Civil Veterinary Dept. Assam report 1911-1927 - 1911-1927
Year: 1911
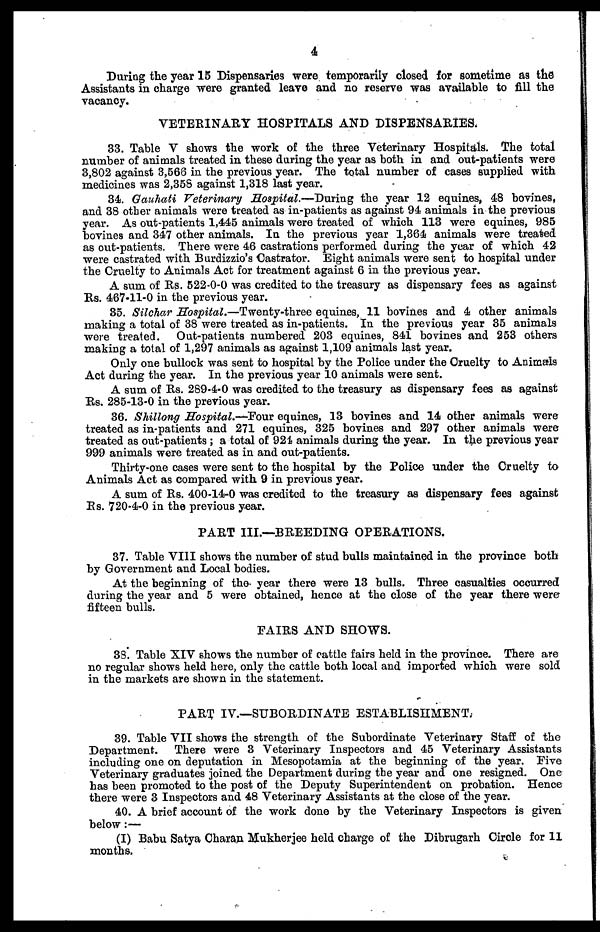
4
During the year 15 Dispensaries were temporarily closed for sometime as the
Assistants in charge were granted leave and no reserve was available to fill the
vacancy.
VETERINARY HOSPITALS AND DISPENSARIES.
33. Table V shows the work of the three Veterinary Hospitals. The total
number of animals treated in these during the year as both in and out-patients were
3,802 against 3,566 in the previous year. The total number of cases supplied with
medicines was 2,358 against 1,318 last year.
34. Gauhati Veterinary Hospital.—During the year 12 equines, 48 bovines,
and 38 other animals were treated as in-patients as against 94 animals in the previous
year. As out-patients 1,445 animals were treated of which 113 were equines, 985
bovines and 347 other animals. In the previous year 1,364 animals were treated
as out-patients. There were 46 castrations performed during the year of which 42
were castrated with Burdizzio's Castrator. Eight animals were sent to hospital under
the Cruelty to Animals Act for treatment against 6 in the previous year.
A sum of Rs. 522-0-0 was credited to the treasury as dispensary fees as against
Rs. 467-11-0 in the previous year.
35. Silchar Hospital.—Twenty-three equines, 11 bovines and 4 other animals
making a total of 38 were treated as in-patients. In the previous year 35 animals
were treated. Out-patients numbered 203 equines, 841 bovines and 253 others
making a total of 1,297 animals as against 1,109 animals last year.
Only one bullock was sent to hospital by the Police under the Cruelty to Animals
Act during the year. In the previous year 10 animals were sent.
A sum of Rs. 289-4-0 was credited to the treasury as dispensary fees as against
Rs. 285-13-0 in the previous year.
36. Shillong Hospital.—Four equines, 13 bovines and 14 other animals were
treated as in-patients and 271 equines, 325 bovines and 297 other animals were
treated as out-patients; a total of 921 animals during the year. In the previous year
999 animals were treated as in and out-patients.
Thirty-one cases were sent to the hospital by the Police under the Cruelty to
Animals Act as compared with 9 in previous year.
A sum of Rs. 400-14-0 was credited to the treasury as dispensary fees against
Rs. 720-4-0 in the previous year.
PART III.—BREEDING OPERATIONS.
37. Table VIII shows the number of stud bulls maintained in the province both
by Government and Local bodies.
At the beginning of the year there were 13 bulls. Three casualties occurred
during the year and 5 were obtained, hence at the close of the year there were
fifteen bulls.
FAIRS AND SHOWS.
38. Table XIV shows the number of cattle fairs held in the province. There are
no regular shows held here, only the cattle both local and imported which were sold
in the markets are shown in the statement.
PART IV.—SUBORDINATE ESTABLISHMENT.
39. Table VII shows the strength of the Subordinate Veterinary Staff of the
Department. There were 3 Veterinary Inspectors and 45 Veterinary Assistants
including one on deputation in Mesopotamia at the beginning of the year. Five
Veterinary graduates joined the Department during the year and one resigned. One
has been promoted to the post of the Deputy Superintendent on probation. Hence
there were 3 Inspectors and 48 Veterinary Assistants at the close of the year.
40. A brief account of the work done by the Veterinary Inspectors is given
below:—
(I) Babu Satya Charan Mukherjee held charge of the Dibrugarh Circle for 11
months.